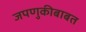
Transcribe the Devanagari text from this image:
जपणुकीबाबत